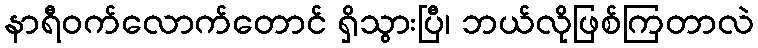
နာရီဝက်လောက်တောင် ရှိသွားပြီ၊ ဘယ်လိုဖြစ်ကြတာလဲ